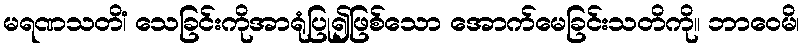
မရဏသတိံ၊ သေခြင်းကိုအာရုံပြု၍ဖြစ်သော အောက်မေခြင်းသတိကို။ ဘာဝေမိ၊